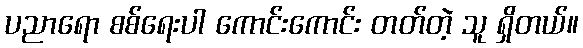
ပညာရော စစ်ရေးပါ ကောင်းကောင်း တတ်တဲ့ သူ ရှိတယ်။